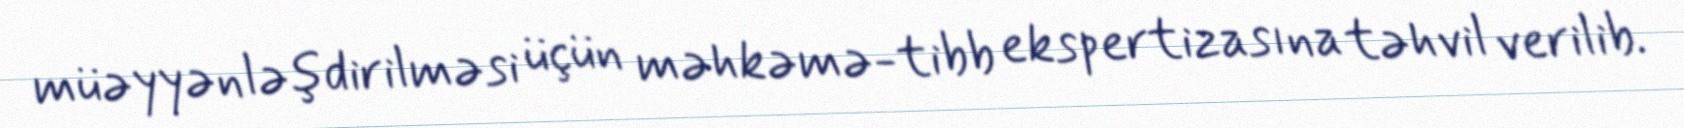
müəyyənləşdirilməsi üçün məhkəmə-tibb ekspertizasına təhvil verilib.